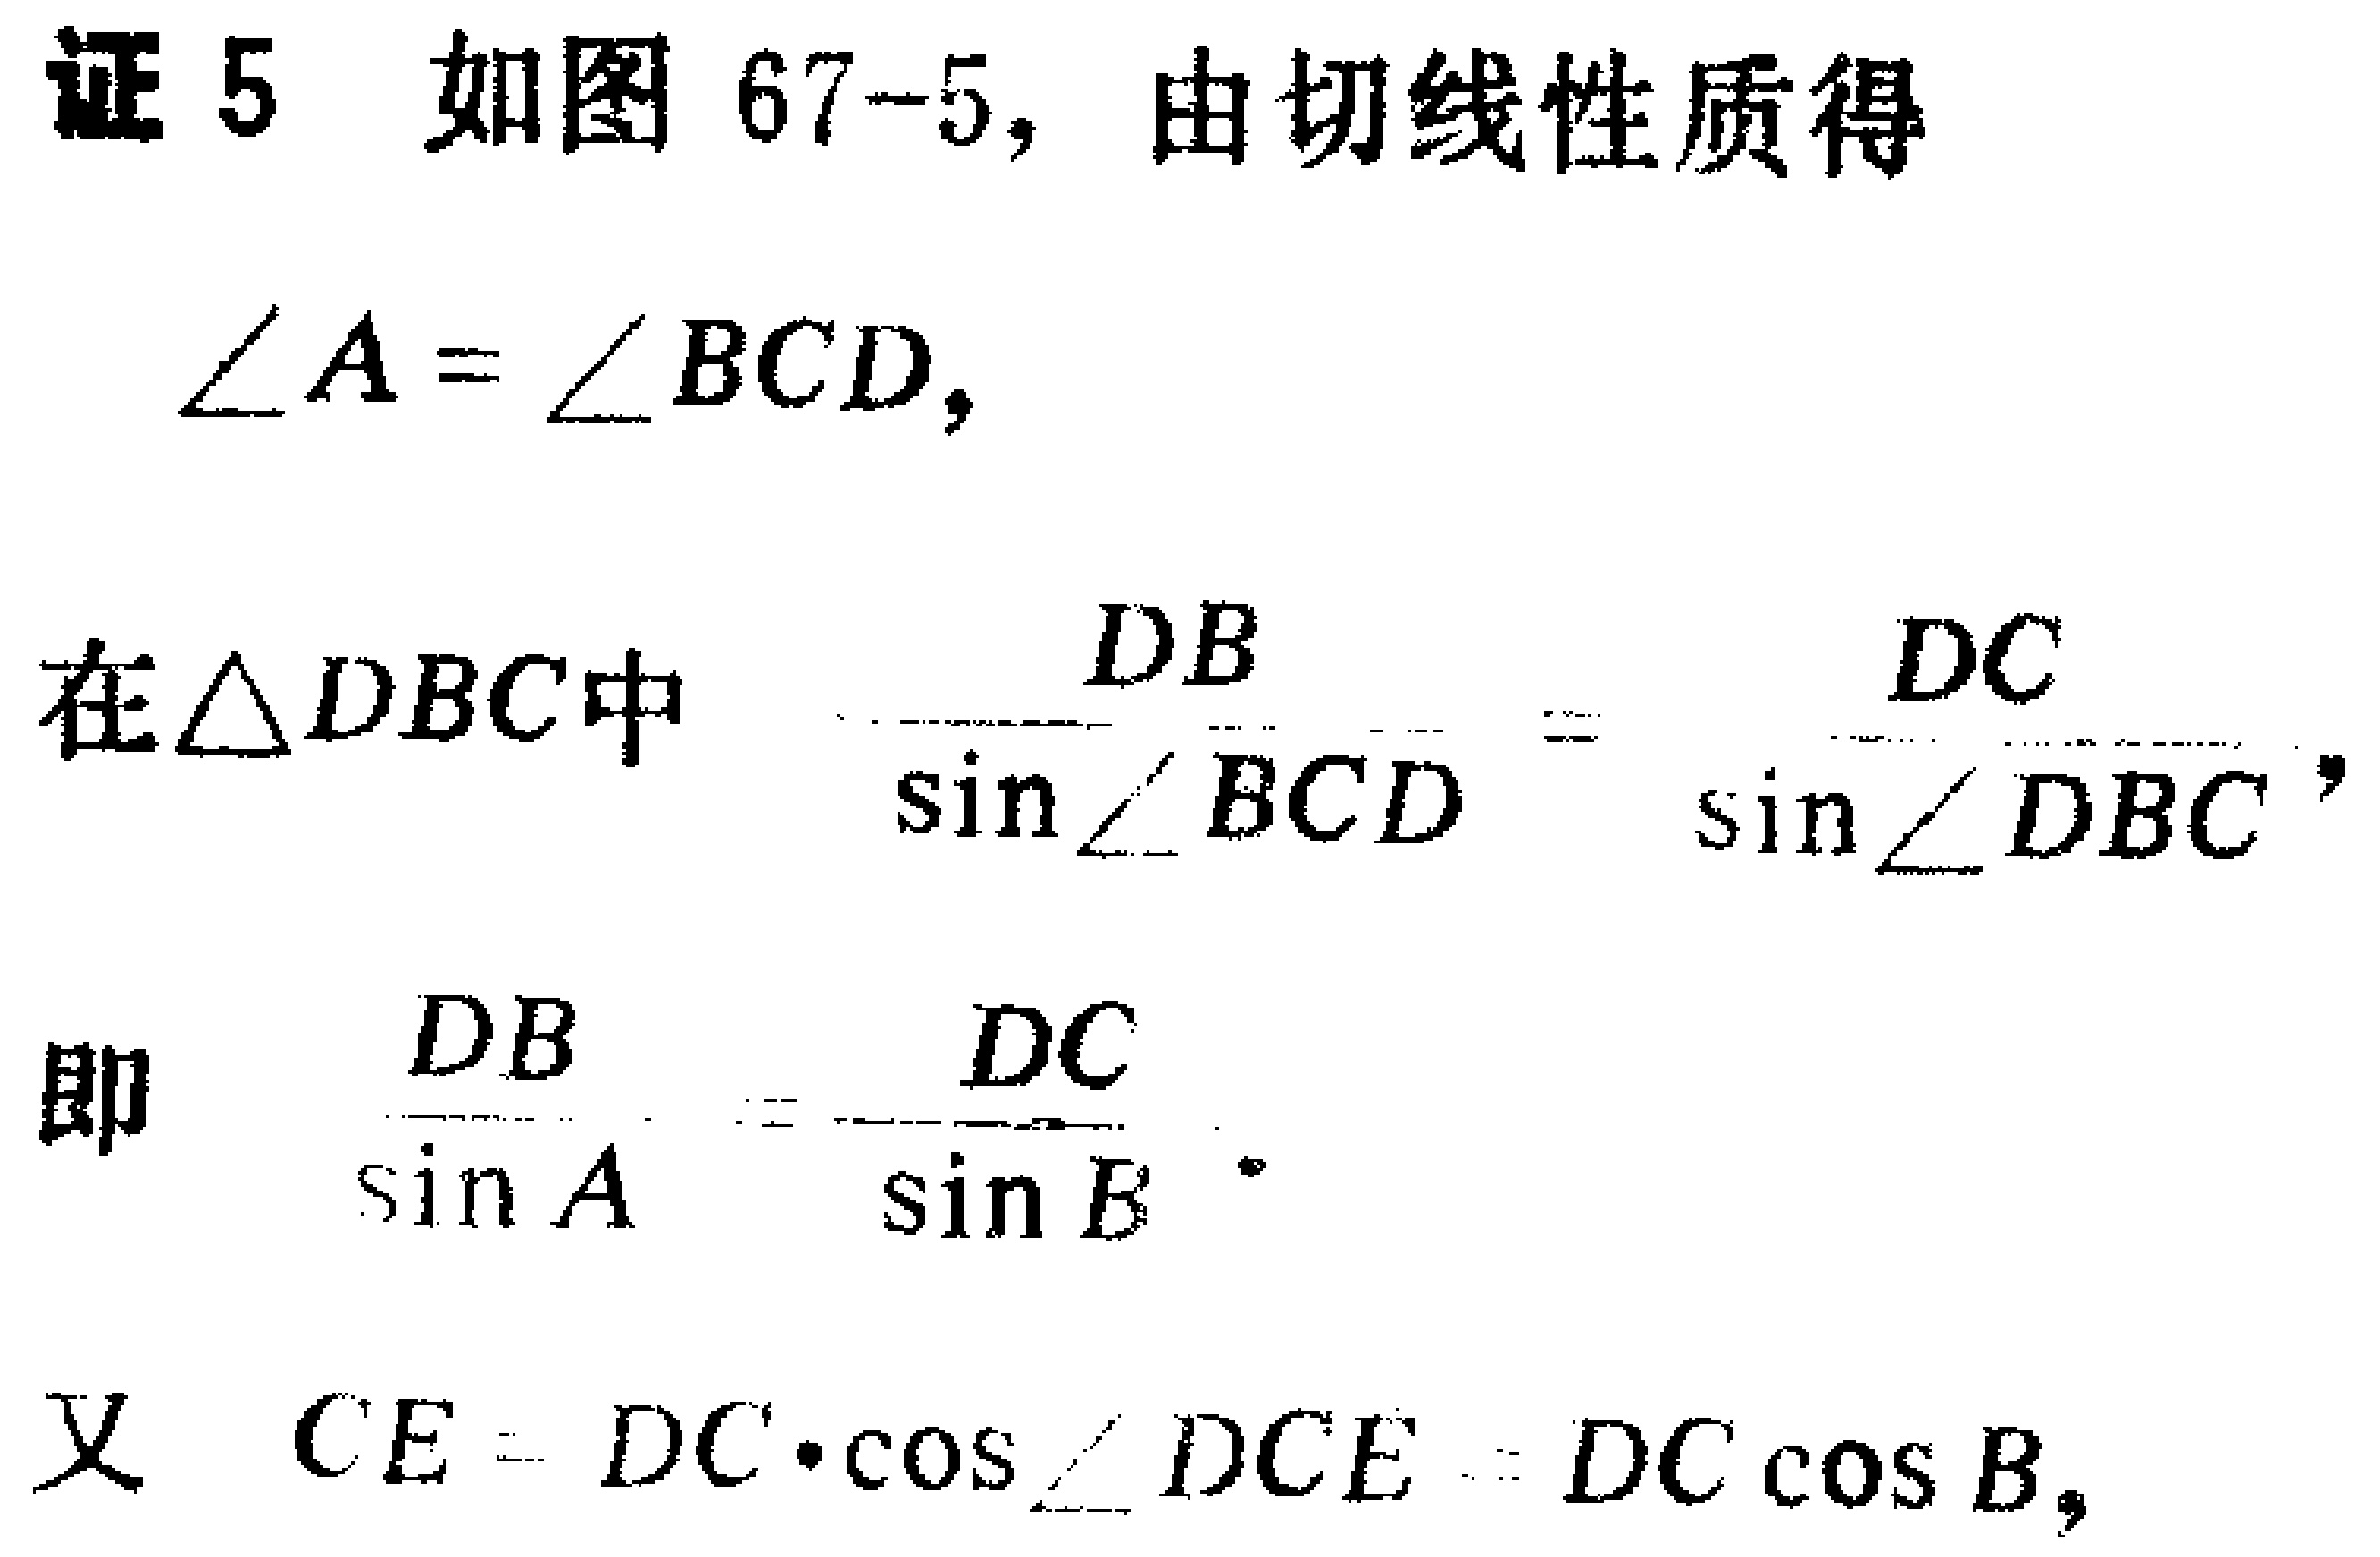
证 5 如图 67-5, 由切线性质得
\(\angle A = \angle BCD,\)
在\(\triangle DBC\)中 \(\frac{DB}{\sin\angle BCD}=\frac{DC}{\sin\angle DBC},\)
即 \(\frac{DB}{\sin A}=\frac{DC}{\sin B}.\)
又 \(CE = DC\cdot\cos\angle DCE = DC\cos B,\)